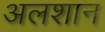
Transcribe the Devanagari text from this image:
अलशान